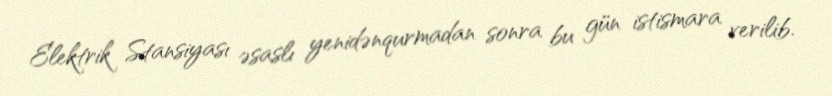
Elektrik Stansiyası əsaslı yenidənqurmadan sonra bu gün istismara verilib.